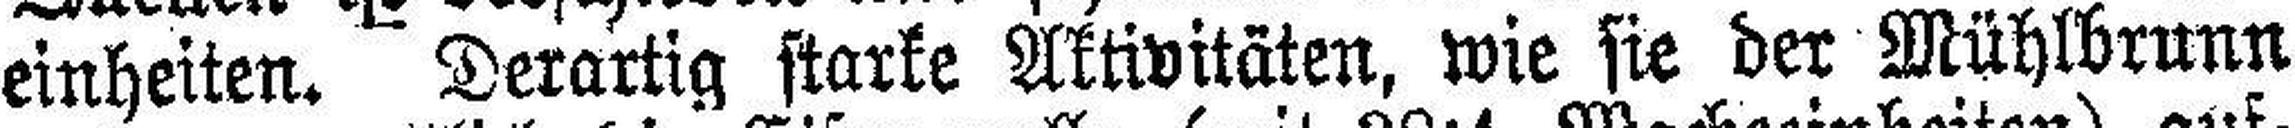
einheiten. Derartig starke Aktivitäten, wie sie der Mühlbrunn